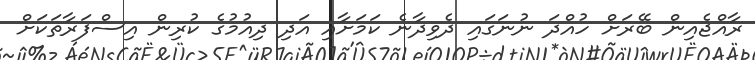
ރާއްޖެއިން ބޭރަށް ހުއްދަ ނުނަގައި ދެވިދާނެ ކަމަށާއި އަދި ދިއުމުގެ ކުރިން އިސްފަރާތަކަށް